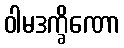
ဝါမဒက္ခိဏော